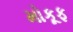
મોકૂફ